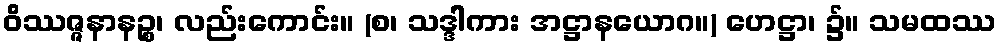
ဝိဿဇ္ဇနာနဉ္စ၊ လည်းကောင်း။ (စ၊ သဒ္ဒါကား အဋ္ဌာနယောဂ။) ဟေဋ္ဌာ၊ ၌။ သမထဿ